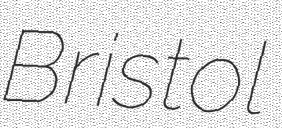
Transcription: Bristol